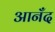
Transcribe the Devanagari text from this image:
आनँद